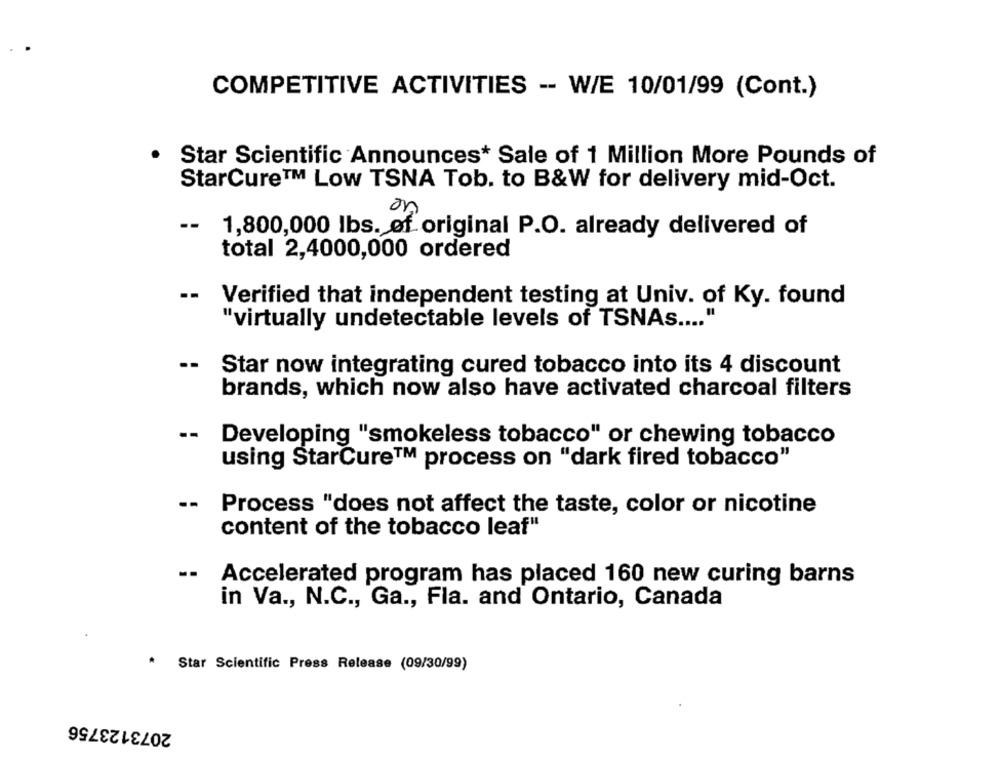
COMPETITIVE ACTIVITIES -- W/E 10/01/99 (Cont.)
Star Scientific Announces* Sale of 1 Million More Pounds of
StarCure™ Low TSNA Tob. to B&W for delivery mid-Oct.
on
--
1,800,000 lbs. of original P.O. already delivered of
total 2,4000,000 ordered
-- Verified that independent testing at Univ. of Ky. found
"virtually undetectable levels of TSNAs .... "
-- Star now integrating cured tobacco into its 4 discount
brands, which now also have activated charcoal filters
--
Developing "smokeless tobacco" or chewing tobacco
using StarCure™ process on "dark fired tobacco"
--
Process "does not affect the taste, color or nicotine
content of the tobacco leaf"
Accelerated program has placed 160 new curing barns
in Va ., N.C ., Ga ., Fla. and Ontario, Canada
Star Scientific Press Release (09/30/99)
2073123756